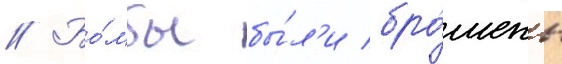
// Бо́мбы бы́л'и бро́шены